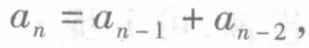
\(a_{n}=a_{n - 1}+a_{n - 2},\)